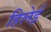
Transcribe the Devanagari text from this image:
हिलेई